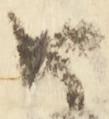
め